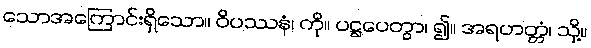
သောအကြောင်းရှိသော။ ဝိပဿနံ၊ ကို။ ပဋ္ဌပေတွာ၊ ၍။ အရဟတ္တံ၊ သို့။